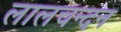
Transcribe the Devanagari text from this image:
लालचन्दन